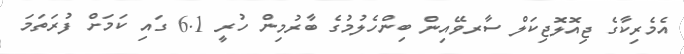
އެމެރިކާގެ ޖިއޮލޮޖިކަލް ސާރވޭއިން ބިންހެލުމުގެ ބާރުމިން ހުރީ 6.1 ގައި ކަމަށް ފުރަތަމަ